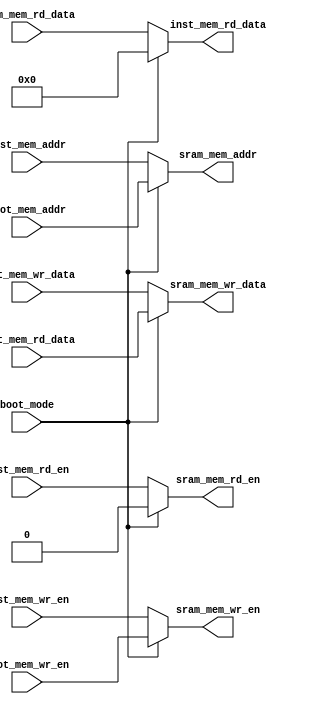
module mux_sram
#(
   parameter DATA_WIDTH = 32,
   parameter ADDR_WIDTH = 20
)
(
   input boot_mode,
   input boot_mem_wr_en,
   input [ADDR_WIDTH-1:0] boot_mem_addr,
   input [DATA_WIDTH-1:0] boot_mem_rd_data,
   input inst_mem_wr_en,
   input inst_mem_rd_en,
   input [DATA_WIDTH-1:0] inst_mem_wr_data,
   output reg [DATA_WIDTH-1:0] inst_mem_rd_data,
   input [ADDR_WIDTH-1:0] inst_mem_addr,
   output reg sram_mem_wr_en,
   output reg sram_mem_rd_en,
   output reg [DATA_WIDTH-1:0] sram_mem_wr_data,
   input [DATA_WIDTH-1:0] sram_mem_rd_data,
   output reg [ADDR_WIDTH-1:0] sram_mem_addr
);
always @(*) begin
   if (boot_mode) begin
      sram_mem_wr_en = boot_mem_wr_en;
      sram_mem_rd_en = 1'b0;
      sram_mem_wr_data = boot_mem_rd_data;
      sram_mem_addr = boot_mem_addr;
		inst_mem_rd_data = {DATA_WIDTH{1'b0}};
   end
   else begin
      sram_mem_wr_en = inst_mem_wr_en;
      sram_mem_rd_en = inst_mem_rd_en;
      sram_mem_wr_data = inst_mem_wr_data;
      inst_mem_rd_data = sram_mem_rd_data;
      sram_mem_addr = inst_mem_addr;
   end
end
endmodule